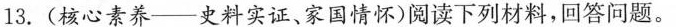
13.(核心素养--史料实证、家国情怀)阅读下列材料，回答问题。